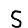
Digit: 5